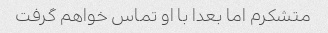
متشکرم اما بعدا با او تماس خواهم گرفت